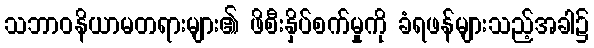
သဘာဝနိယာမတရားများ၏ ဖိစီးနှိပ်စက်မှုကို ခံရဖန်များသည့်အခါ၌